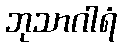
ဘုသာဂါရံ